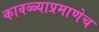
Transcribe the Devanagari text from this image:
कावळ्याप्रमाणेच